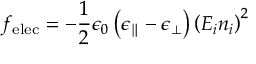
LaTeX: f _ { \mathrm { e l e c } } = - { \frac { 1 } { 2 } } \epsilon _ { 0 } \left( \epsilon _ { \parallel } - \epsilon _ { \bot } \right) \left( E _ { i } n _ { i } \right) ^ { 2 }